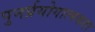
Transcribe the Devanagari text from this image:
पुनर्प्रयोगात्मकता